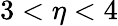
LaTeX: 3<\eta<4